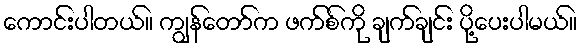
ကောင်းပါတယ်။ ကျွန်တော်က ဖက်စ်ကို ချက်ချင်း ပို့ပေးပါမယ်။